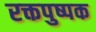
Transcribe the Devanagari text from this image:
रक्तपुष्पक